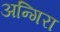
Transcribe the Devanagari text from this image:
अन्गिरा